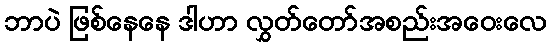
ဘာပဲ ဖြစ်နေနေ ဒါဟာ လွှတ်တော်အစည်းအဝေးလေ